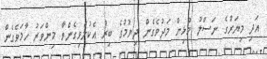
އަދި މިޔަރުގެ ނަސްލު މުޅިން މަދުވެގެން ދިޔުމުގެ ބިރު އެކުލެވިގެންވާ މިންވަރު ހާމަވެގެން